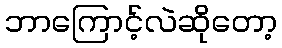
ဘာကြောင့်လဲဆိုတော့